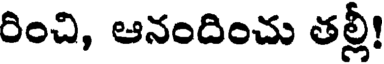
రించి, ఆనందించు తల్లీ!